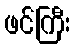
ဖင်ကြီး